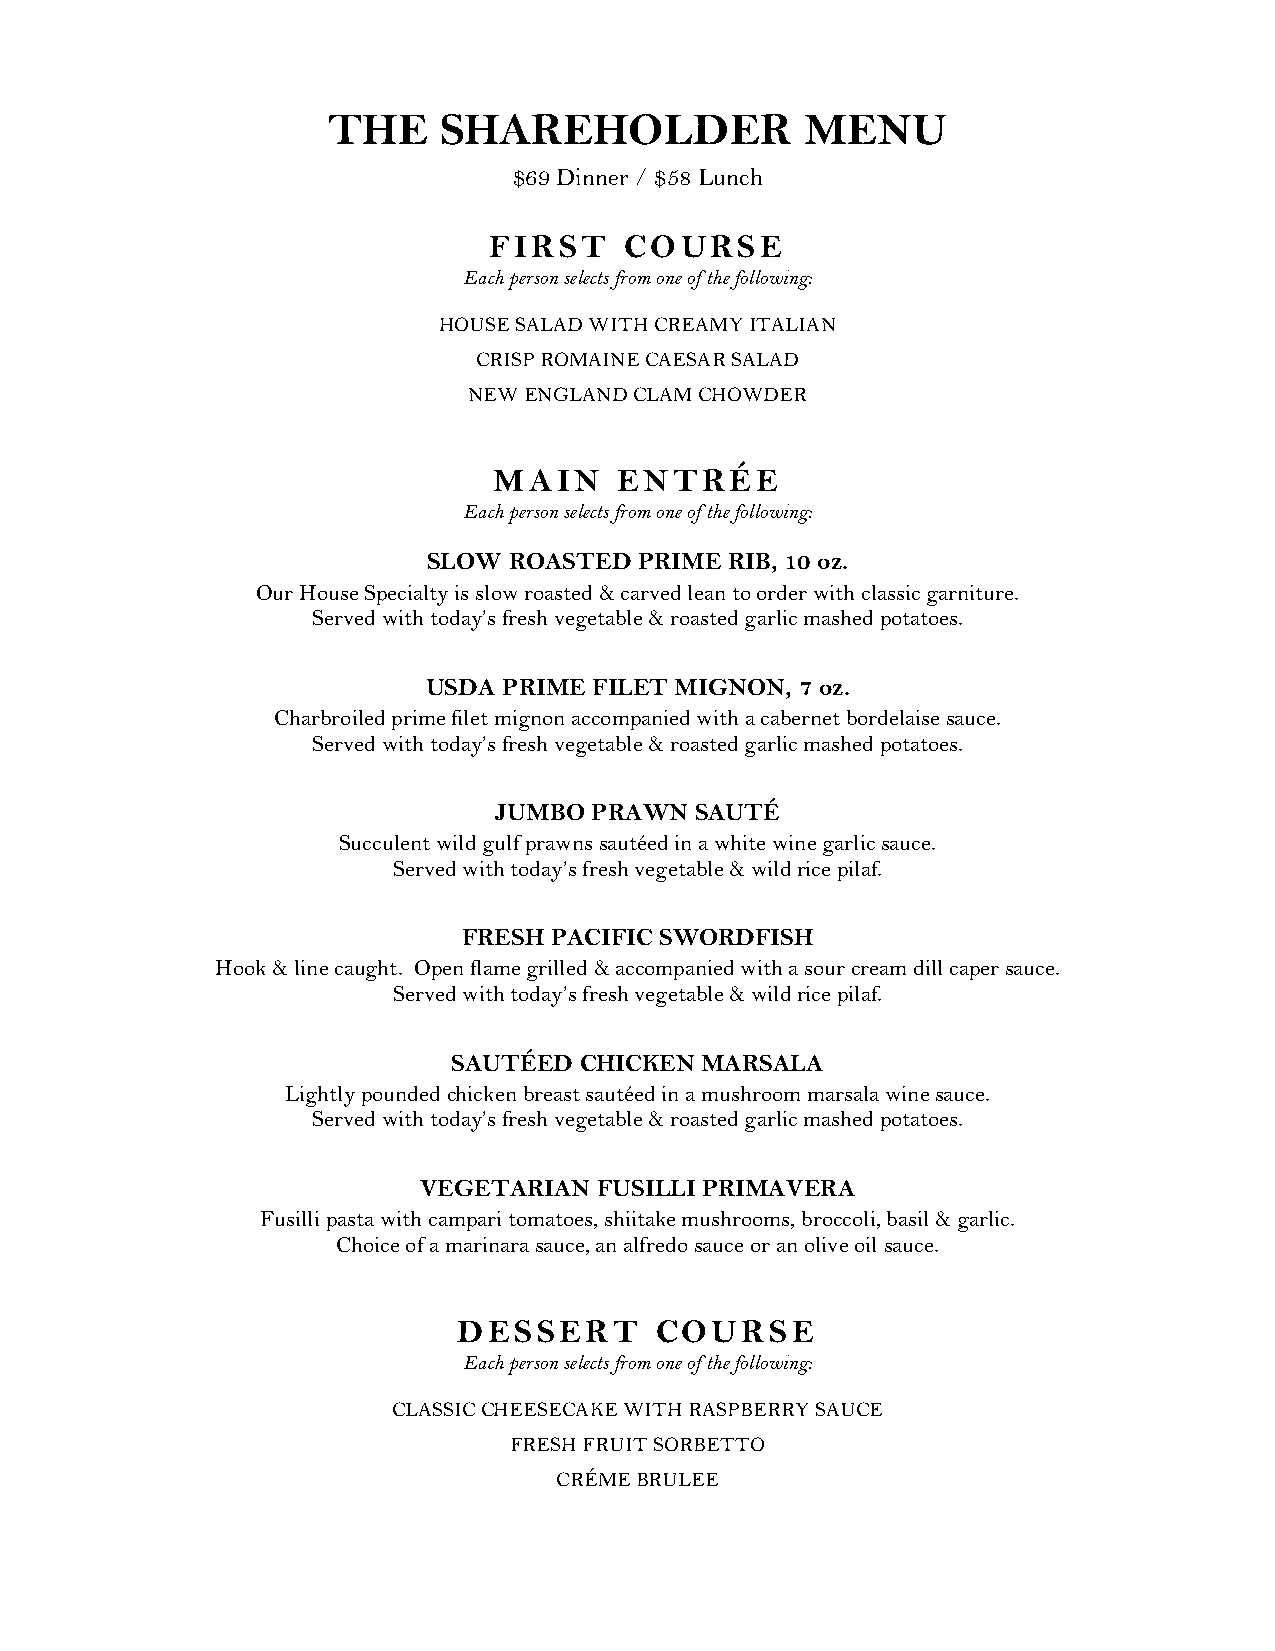
THE    SHAREHOLDER             MENU
 $69 Dinner / $58 Lunch
 FIRST    COURSE
 Each person selects from one of the following:
 HOUSE SALAD WITH CREAMY ITALIAN
 CRISP ROMAINE CAESAR SALAD
 NEW ENGLAND CLAM CHOWDER
 MAIN    ENTRÉE
 Each person selects from one of the following:
 SLOW  ROASTED PRIME RIB, 10 oz.
 Our House Specialty is slow roasted & carved lean to order with classic garniture.
 Served with today’s fresh vegetable & roasted garlic mashed potatoes.
 USDA PRIME FILET MIGNON, 7 oz.
 Charbroiled prime filet mignon accompanied with a cabernet bordelaise sauce.
 Served with today’s fresh vegetable & roasted garlic mashed potatoes.
 JUMBO PRAWN  SAUTÉ
 Succulent wild gulf prawns sautéed in a white wine garlic sauce.
 Served with today’s fresh vegetable & wild rice pilaf.
 FRESH PACIFIC SWORDFISH
 Hook & line caught. Open flame grilled & accompanied with a sour cream dill caper sauce.
 Served with today’s fresh vegetable & wild rice pilaf.
 SAUTÉED CHICKEN MARSALA
 Lightly pounded chicken breast sautéed in a mushroom marsala wine sauce.
 Served with today’s fresh vegetable & roasted garlic mashed potatoes.
 VEGETARIAN  FUSILLI PRIMAVERA
 Fusilli pasta with campari tomatoes, shiitake mushrooms, broccoli, basil & garlic.
 Choice of a marinara sauce, an alfredo sauce or an olive oil sauce.
 DESSERT      COURSE
 Each person selects from one of the following:
 CLASSIC CHEESECAKE WITH RASPBERRY SAUCE
 FRESH FRUIT SORBETTO
 CRÉME BRULEE